Rules and regulations of the Bombay Veterinary College
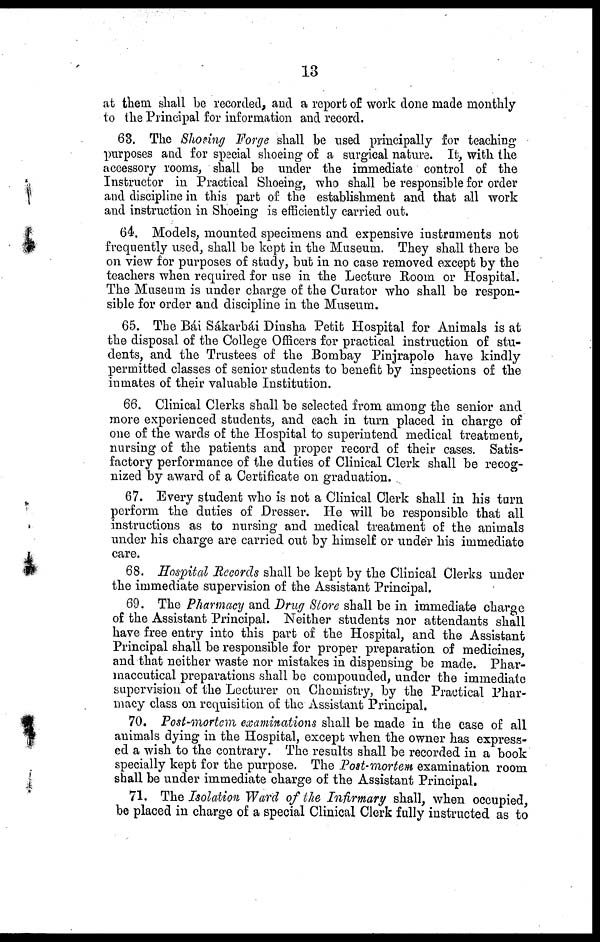
13
at them shall be recorded, and a report of work done made monthly
to the Principal for information and record.
63. The Shoeing Forge shall be used principally for teaching
purposes and for special shoeing of a surgical nature. It, with the
accessory rooms, shall be under the immediate control of the
Instructor in Practical Shoeing, who shall be responsible for order
and discipline in this part of the establishment and that all work
and instruction in Shoeing is efficiently carried out.
64. Models, mounted specimens and expensive instruments not
frequently used, shall be kept in the Museum. They shall there be
on view for purposes of study, but in no case removed except by the
teachers when required for use in the Lecture Room or Hospital.
The Museum is under charge of the Curator who shall be respon-
sible for order and discipline in the Museum.
65. The Bái Sákarbái Dinsha Petit Hospital for Animals is at
the disposal of the College Officers for practical instruction of stu-
dents, and the Trustees of the Bombay Pinjrapole have kindly
permitted classes of senior students to benefit by inspections of the
inmates of their valuable Institution.
66. Clinical Clerks shall be selected from among the senior and
more experienced students, and each in turn placed in charge of
one of the wards of the Hospital to superintend medical treatment,
nursing of the patients and proper record of their cases. Satis-
factory performance of the duties of Clinical Clerk shall be recog-
nized by award of a Certificate on graduation.
67. Every student who is not a Clinical Clerk shall in his turn
perform the duties of Dresser. He will be responsible that all
instructions as to nursing and medical treatment of the animals
under his charge are carried out by himself or under his immediate
care.
68. Hospital Records shall be kept by the Clinical Clerks under
the immediate supervision of the Assistant Principal.
69. The Pharmacy and Drug Store shall be in immediate charge
of the Assistant Principal. Neither students nor attendants shall
have free entry into this part of the Hospital, and the Assistant
Principal shall be responsible for proper preparation of medicines,
and that neither waste nor mistakes in dispensing be made. Phar-
maccutical preparations shall be compounded, under the immediate
supervision of the Lecturer on Chemistry, by the Practical Phar-
macy class on requisition of the Assistant Principal.
70. Post-mortem examinations shall be made in the case of all
animals dying in the Hospital, except when the owner has express-
ed a wish to the contrary. The results shall be recorded in a book
specially kept for the purpose. The Post-mortem examination room
shall be under immediate charge of the Assistant Principal.
71. The Isolation Ward of the Infirmary shall, when occupied,
be placed in charge of a special Clinical Clerk fully instructed as to